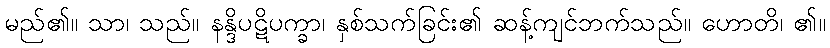
မည်၏။ သာ၊ သည်။ နန္ဒိပဋိပက္ခာ၊ နှစ်သက်ခြင်း၏ ဆန့်ကျင်ဘက်သည်။ ဟောတိ၊ ၏။